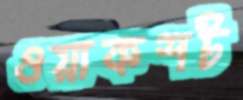
ওয়াকশট